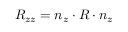
R _ { z z } = \boldsymbol { n } _ { z } \cdot \boldsymbol { R } \cdot \boldsymbol { n } _ { z }